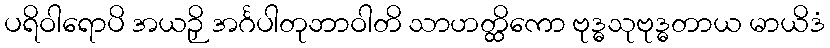
ပရိဝါရောပိ အယဉှိ အင်္ဂပါတုဘာဝါတိ သာဟတ္ထိကော ဗုဒ္ဓသုဗုဒ္ဓတာယ မာယိဒံ